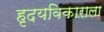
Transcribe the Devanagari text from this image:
हृदयविकाराला